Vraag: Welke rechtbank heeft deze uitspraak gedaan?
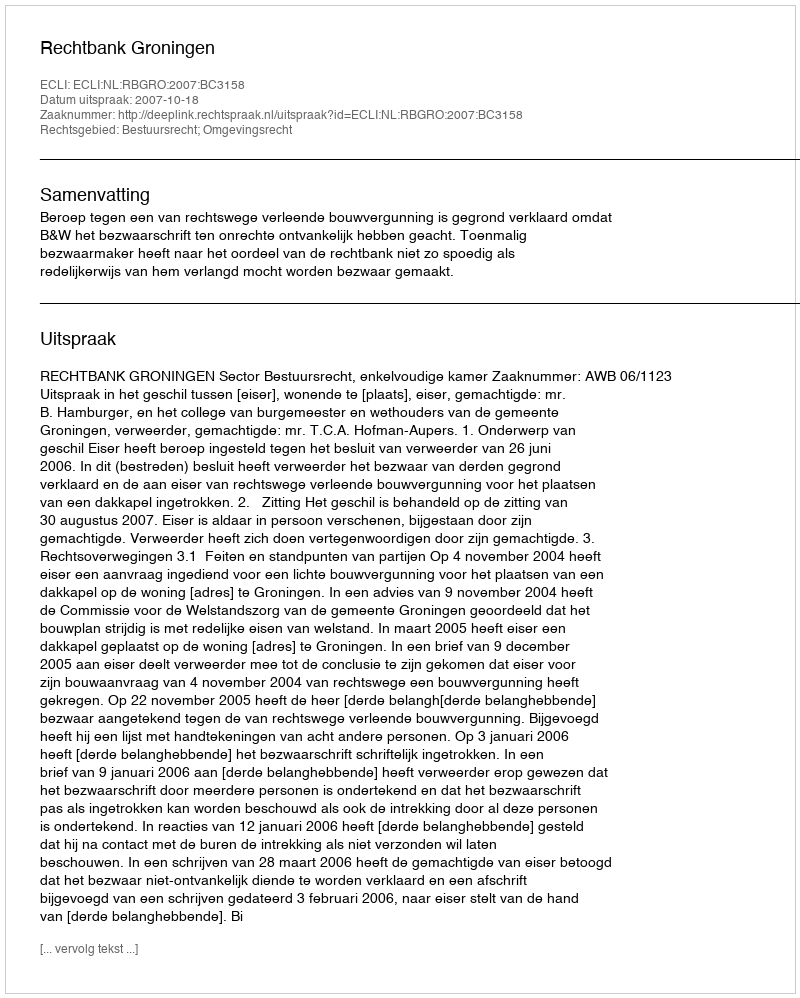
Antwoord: Rechtbank Groningen